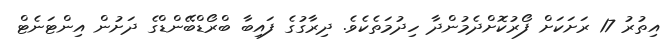
އިތުރު 17 ރަށަކަށް ފޯރުކޮށްދެމުންދާ ހިދުމަތެކެވެ. ދިރާގުގެ ފައިބާ ބްރޯޑްބޭންޑްގެ ދަށުން އިންޓަނެޓް